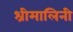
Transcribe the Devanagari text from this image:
श्रीमालिनी